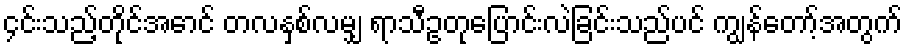
၄င်းသည့်တိုင်အောင် တလနှစ်လမျှ ရာသီဥတုပြောင်းလဲခြင်းသည်ပင် ကျွန်တော့်အတွက်